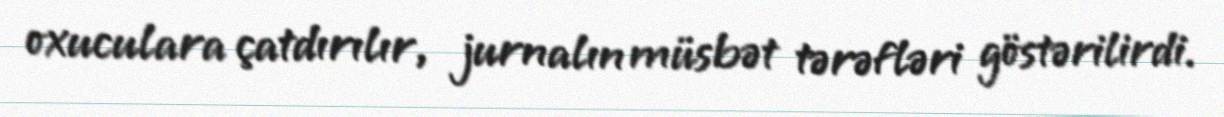
oxuculara çatdırılır, jurnalın müsbət tərəfləri göstərilirdi.